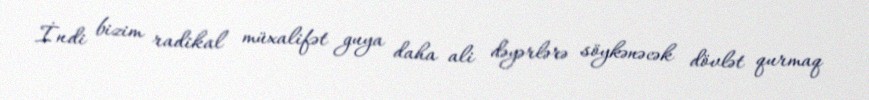
İndi bizim radikal müxalifət guya daha ali dəyərlərə söykənəcək dövlət qurmaq